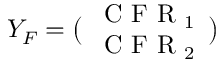
Y _ { F } = \big ( \begin{array} { l } { \textrm { C F R } _ { 1 } } \\ { \textrm { C F R } _ { 2 } } \end{array} \big )